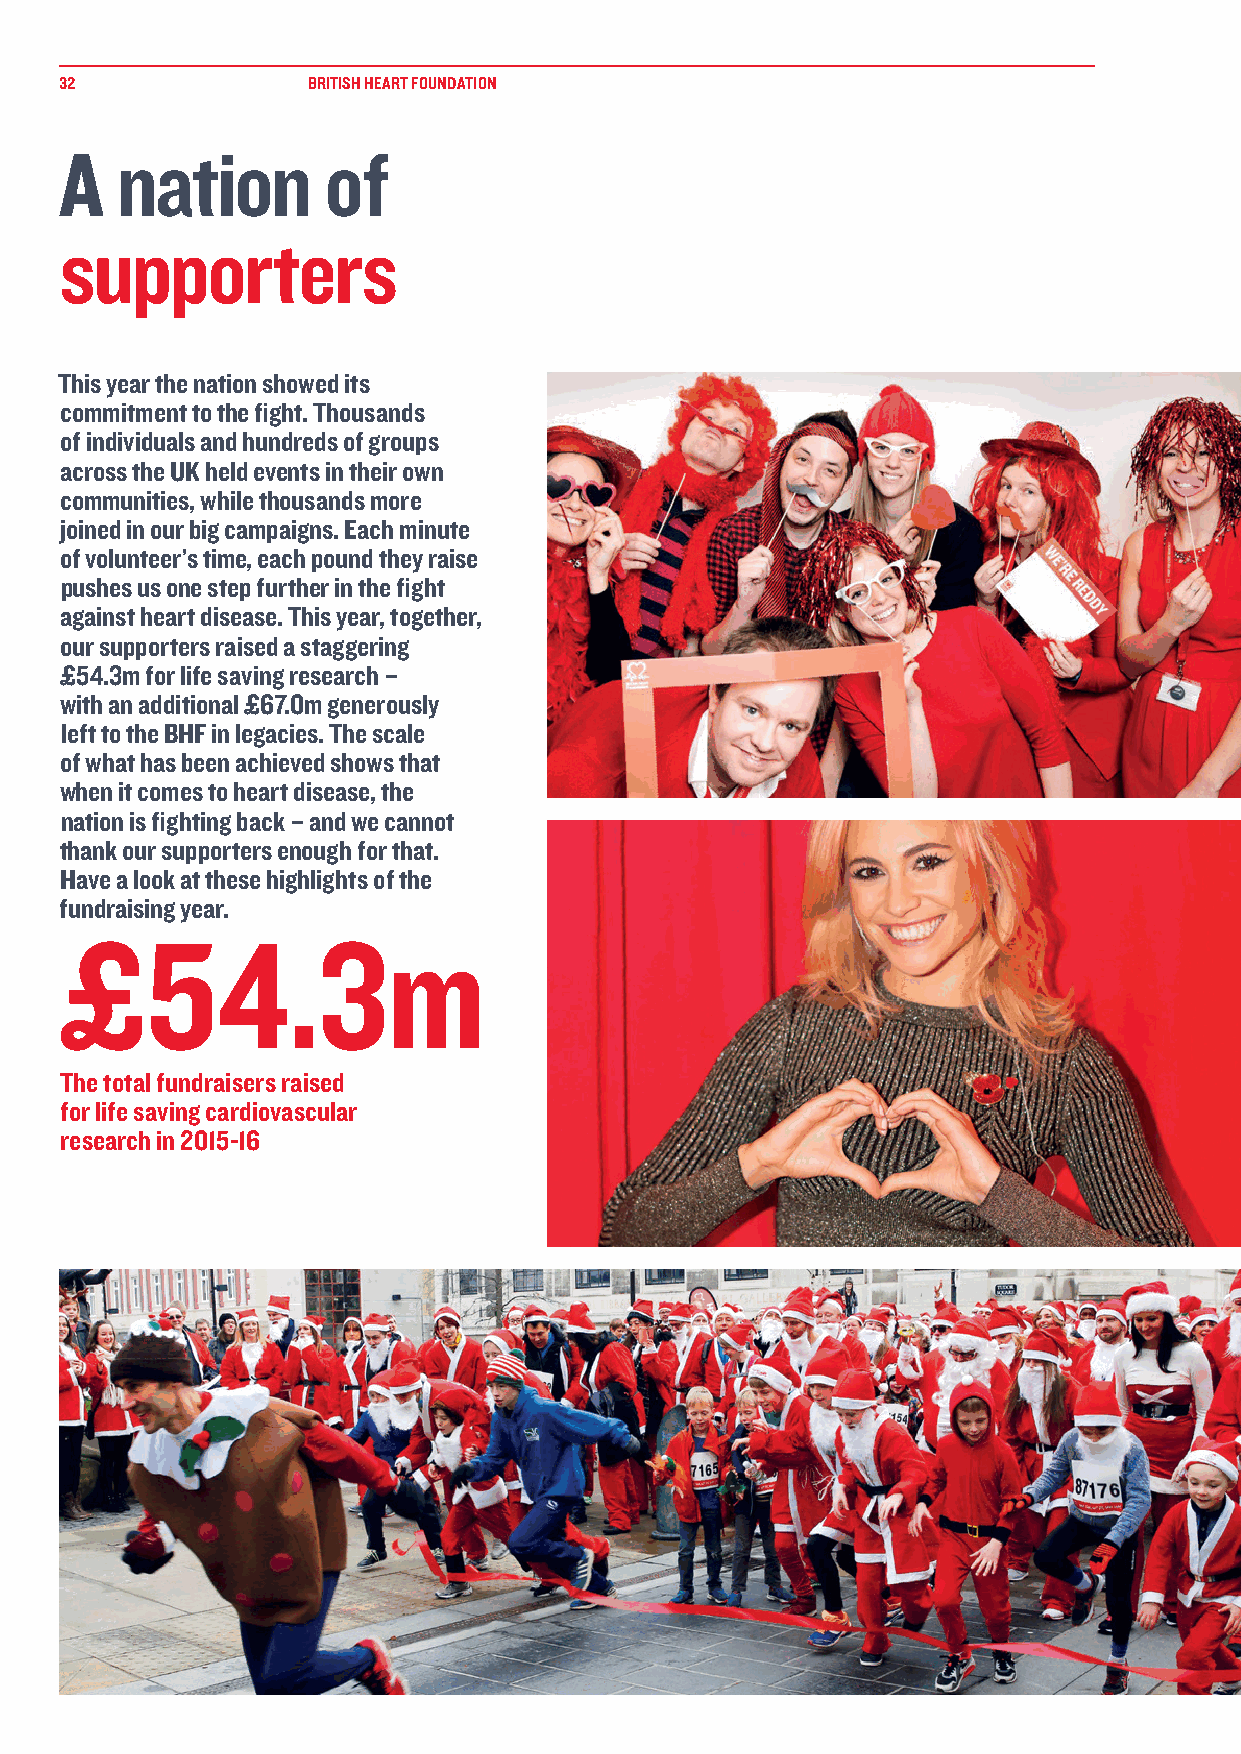
32              BRITISH HEART FOUNDATION
 A   nation       of
 supporters
 This year the nation showed its
 commitment to the fight. Thousands
 of individuals and hundreds of groups
 across the UK held events in their own
 communities, while thousands more
 joined in our big campaigns. Each minute
 of volunteer’s time, each pound they raise
 pushes us one step further in the fight
 against heart disease. This year, together,
 our supporters raised a staggering
 £54.3m for life saving research –
 with an additional £67.0m generously
 left to the BHF in legacies. The scale
 of what has been achieved shows that
 when it comes to heart disease, the
 nation is fighting back – and we cannot
 thank our supporters enough for that.
 Have a look at these highlights of the
 fundraising year.
 £54.3m
 The total fundraisers raised
 for life saving cardiovascular
 research in 2015-16